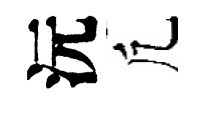
沅凢